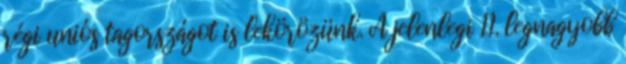
régi uniós tagországot is lekörözünk. A jelenlegi 11. legnagyobb